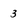
Character: 3